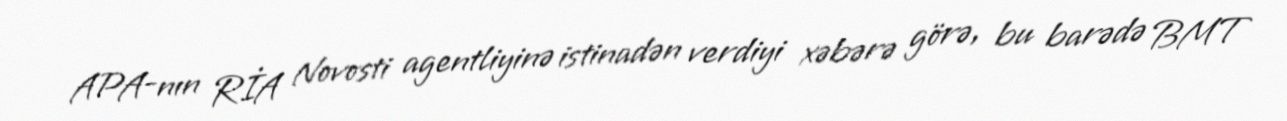
APA-nın RİA Novosti agentliyinə istinadən verdiyi xəbərə görə, bu barədə BMT